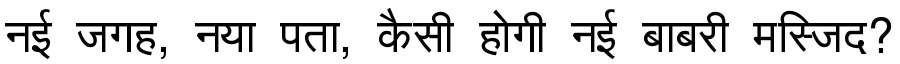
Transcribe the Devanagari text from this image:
नई जगह, नया पता, कैसी होगी नई बाबरी मस्जिद?